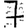
Digit: 7